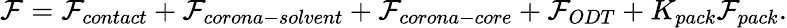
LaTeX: \mathcal{F}=\mathcal{F}_{contact}+\mathcal{F}_{corona-solvent}+\mathcal{F}_{corona-core}+\mathcal{F}_{ODT}+K_{pack}\mathcal{F}_{pack}.